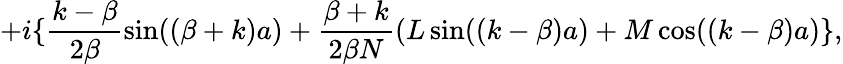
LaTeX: +i\{ \frac{k-\beta}{2\beta}\sin((\beta+k)a)+\frac{\beta+k}{2\beta N}(L\sin((k-\beta)a)+M\cos((k-\beta)a)\} ,